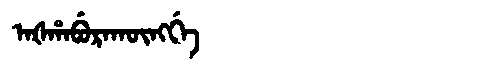
Manchu: ᠠᡧᡥᠠᠪᡠᡵᠠᡴᡡᠩᡤᡝ
Romanization: AŠHABURAKŪNGGE